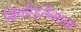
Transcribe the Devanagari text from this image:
सिकोड़नेवाला